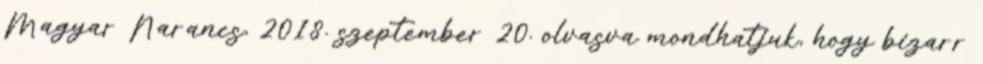
Magyar Narancs, 2018. szeptember 20. olvasva mondhatjuk, hogy bizarr